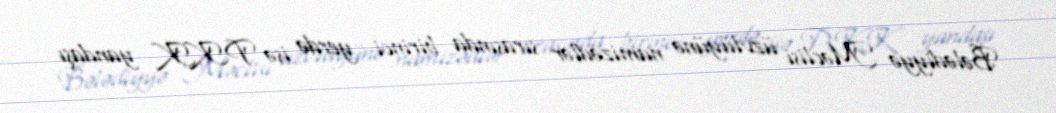
Bələdiyyə Məclisi üzvlüyünə namizədlər sırasında birinci yerdə isə PKK yandaşı